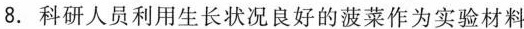
8.科研人员利用生长状况良好的菠菜作为实验材料